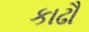
કાઢૌ